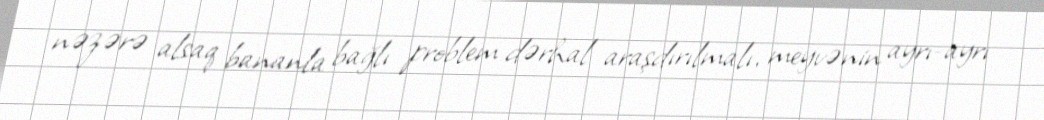
nəzərə alsaq bananla bağlı problem dərhal araşdırılmalı, meyvənin ayrı-ayrı